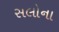
સલોના